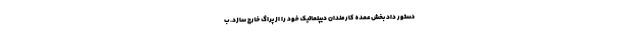
دستور داد بخش عمده کارمندان دیپلماتیک خود را از پراگ خارج سازد. ب